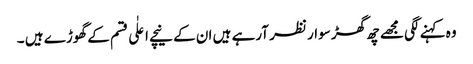
وہ کہنے لگی مجھے چھ گھڑ سوار نظر آرہے ہیں ان کے نیچے اعلٰی قسم کے گھوڑے ہیں ۔